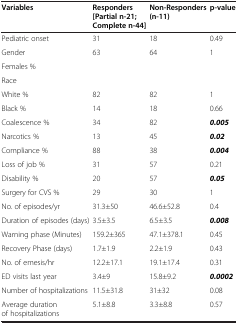
<table><thead><tr><td><b>Variables</b></td><td><b>Responders [Partial n-21; Complete n-44]</b></td><td><b>Non-Responders (n-11)</b></td><td><b>p-value</b></td></tr></thead><tbody><tr><td>Pediatric onset</td><td>31</td><td>18</td><td>0.49</td></tr><tr><td>Gender</td><td>63</td><td>64</td><td>1</td></tr><tr><td>Females %</td><td> </td><td> </td><td> </td></tr><tr><td>Race</td><td> </td><td> </td><td> </td></tr><tr><td>White %</td><td>82</td><td>82</td><td>1</td></tr><tr><td>Black %</td><td>14</td><td>18</td><td>0.66</td></tr><tr><td>Coalescence %</td><td>34</td><td>82</td><td><b><i>0.005</i></b></td></tr><tr><td>Narcotics %</td><td>13</td><td>45</td><td><b><i>0.02</i></b></td></tr><tr><td>Compliance %</td><td>88</td><td>38</td><td><b><i>0.004</i></b></td></tr><tr><td>Loss of job %</td><td>31</td><td>57</td><td>0.21</td></tr><tr><td>Disability %</td><td>20</td><td>57</td><td><b><i>0.05</i></b></td></tr><tr><td>Surgery for CVS %</td><td>29</td><td>30</td><td>1</td></tr><tr><td>No. of episodes/yr</td><td>31.3±50</td><td>46.6±52.8</td><td>0.4</td></tr><tr><td>Duration of episodes (days)</td><td>3.5±3.5</td><td>6.5±3.5</td><td><b><i>0.008</i></b></td></tr><tr><td>Warning phase (Minutes)</td><td>159.2±365</td><td>47.1±378.1</td><td>0.45</td></tr><tr><td>Recovery Phase (days)</td><td>1.7±1.9</td><td>2.2±1.9</td><td>0.43</td></tr><tr><td>No. of emesis/hr</td><td>12.2±17.1</td><td>19.1±17.4</td><td>0.31</td></tr><tr><td>ED visits last year</td><td>3.4±9</td><td>15.8±9.2</td><td><b><i>0.0002</i></b></td></tr><tr><td>Number of hospitalizations</td><td>11.5±31.8</td><td>31±32</td><td>0.08</td></tr><tr><td>Average duration of hospitalizations</td><td>5.1±8.8</td><td>3.3±8.8</td><td>0.57</td></tr></tbody></table>